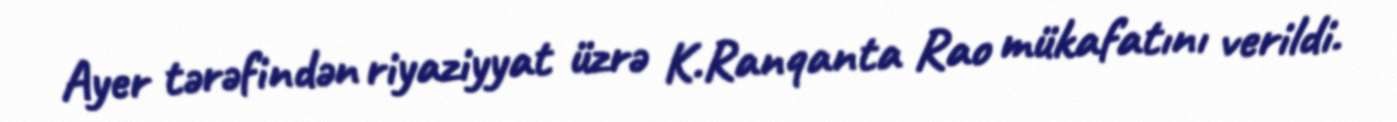
Ayer tərəfindən riyaziyyat üzrə K.Ranqanta Rao mükafatını verildi.